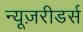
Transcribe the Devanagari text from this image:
न्यूज़रीडर्स